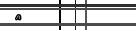
٨